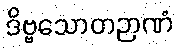
ဒိဗ္ဗသောတဉာဏံ